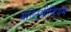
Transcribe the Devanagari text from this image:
मल्टिमीडियम